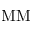
\mathrm { M M }